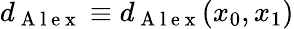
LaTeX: d_{\mathrm{~A~l~e~x~}}\equiv d_{\mathrm{~A~l~e~x~}}(x_{0},x_{1})